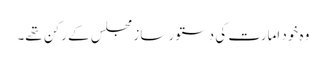
وہ خود امارت کی دستور ساز مجلس کے رکن تھے۔